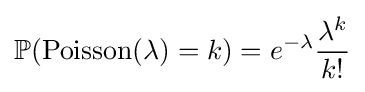
\mathbb {P} (\operatorname {Poisson} (\lambda )=k)=e^{-\lambda }{\dfrac {\lambda ^{k}}{k!}}